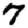
Digit: 7